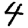
Digit: 4